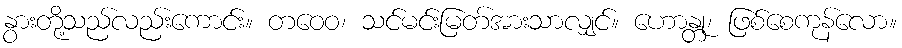
နွားတို့သည်လည်းကောင်း။ တဝေဝ၊ သင်မင်းမြတ်အားသာလျှင်။ ဟောန္တု၊ ဖြစ်စေကုန်လော။